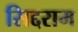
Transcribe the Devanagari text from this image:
सिद्दराम